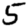
Digit: 5